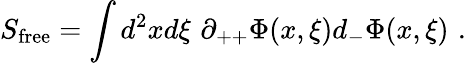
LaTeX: S_{\mathrm{free}}=\int d^{2}xd\xi\, \, \partial_{++}\Phi(x,\xi)d_{-}\Phi(x,\xi)\, \, .